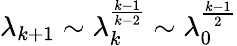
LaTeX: \lambda_{k+1}\sim\lambda_{k}^{\frac{k-1}{k-2}}\sim\lambda_{0}^{\frac{k-1}{2}}